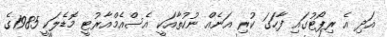
އަދި އެ ރިޕޯޓުގައި ފާހަގަ ކުރި އަނެއް ނުކުތާއަކީ އެސްއެމްއާރުޓީ މޮޑެލަކީ 1985ގެ